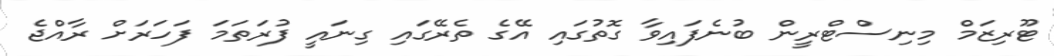
ޓޫރިޒަމް މިނިސްޓްރީން ބުނެފައިވާ ގޮތުގައި އޭގެ ތެރޭގައި ގިނައީ ފުރަތަމަ ފަހަރަށް ރާއްޖެ